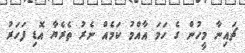
ޗައިނާ މީހުން ގެ ހަމަ އާއްމު ކަމެއް ނެރު ތެރެޔާ އޮޑި ފަހަރު